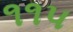
૧૧પ